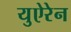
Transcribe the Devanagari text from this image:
युऐरेन